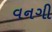
વનગી